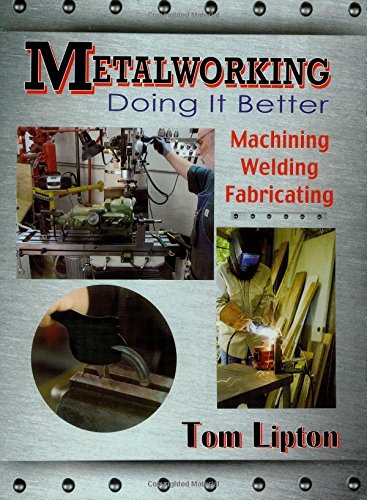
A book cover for Metalworking: Doing It Better; Tom Lipton; Engineering & Transportation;